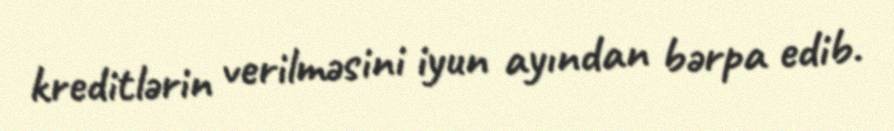
kreditlərin verilməsini iyun ayından bərpa edib.